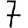
Digit: 7